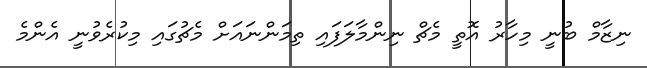
ނިޒާމް ބުނީ މިހާރު އޮތީ މެޗް ނިންމާލަފައި ތިމަންނައަށް މެޗުގައި މިކުރެވުނީ އެންމެ